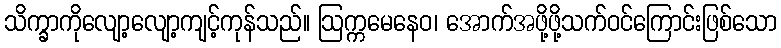
သိက္ခာကိုလျော့လျော့ကျင့်ကုန်သည်။ ဩက္ကမေနေဝ၊ အောက်အဖို့ဖို့သက်ဝင်ကြောင်းဖြစ်သော